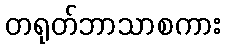
တရုတ်ဘာသာစကား